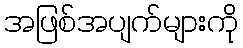
အဖြစ်အပျက်များကို